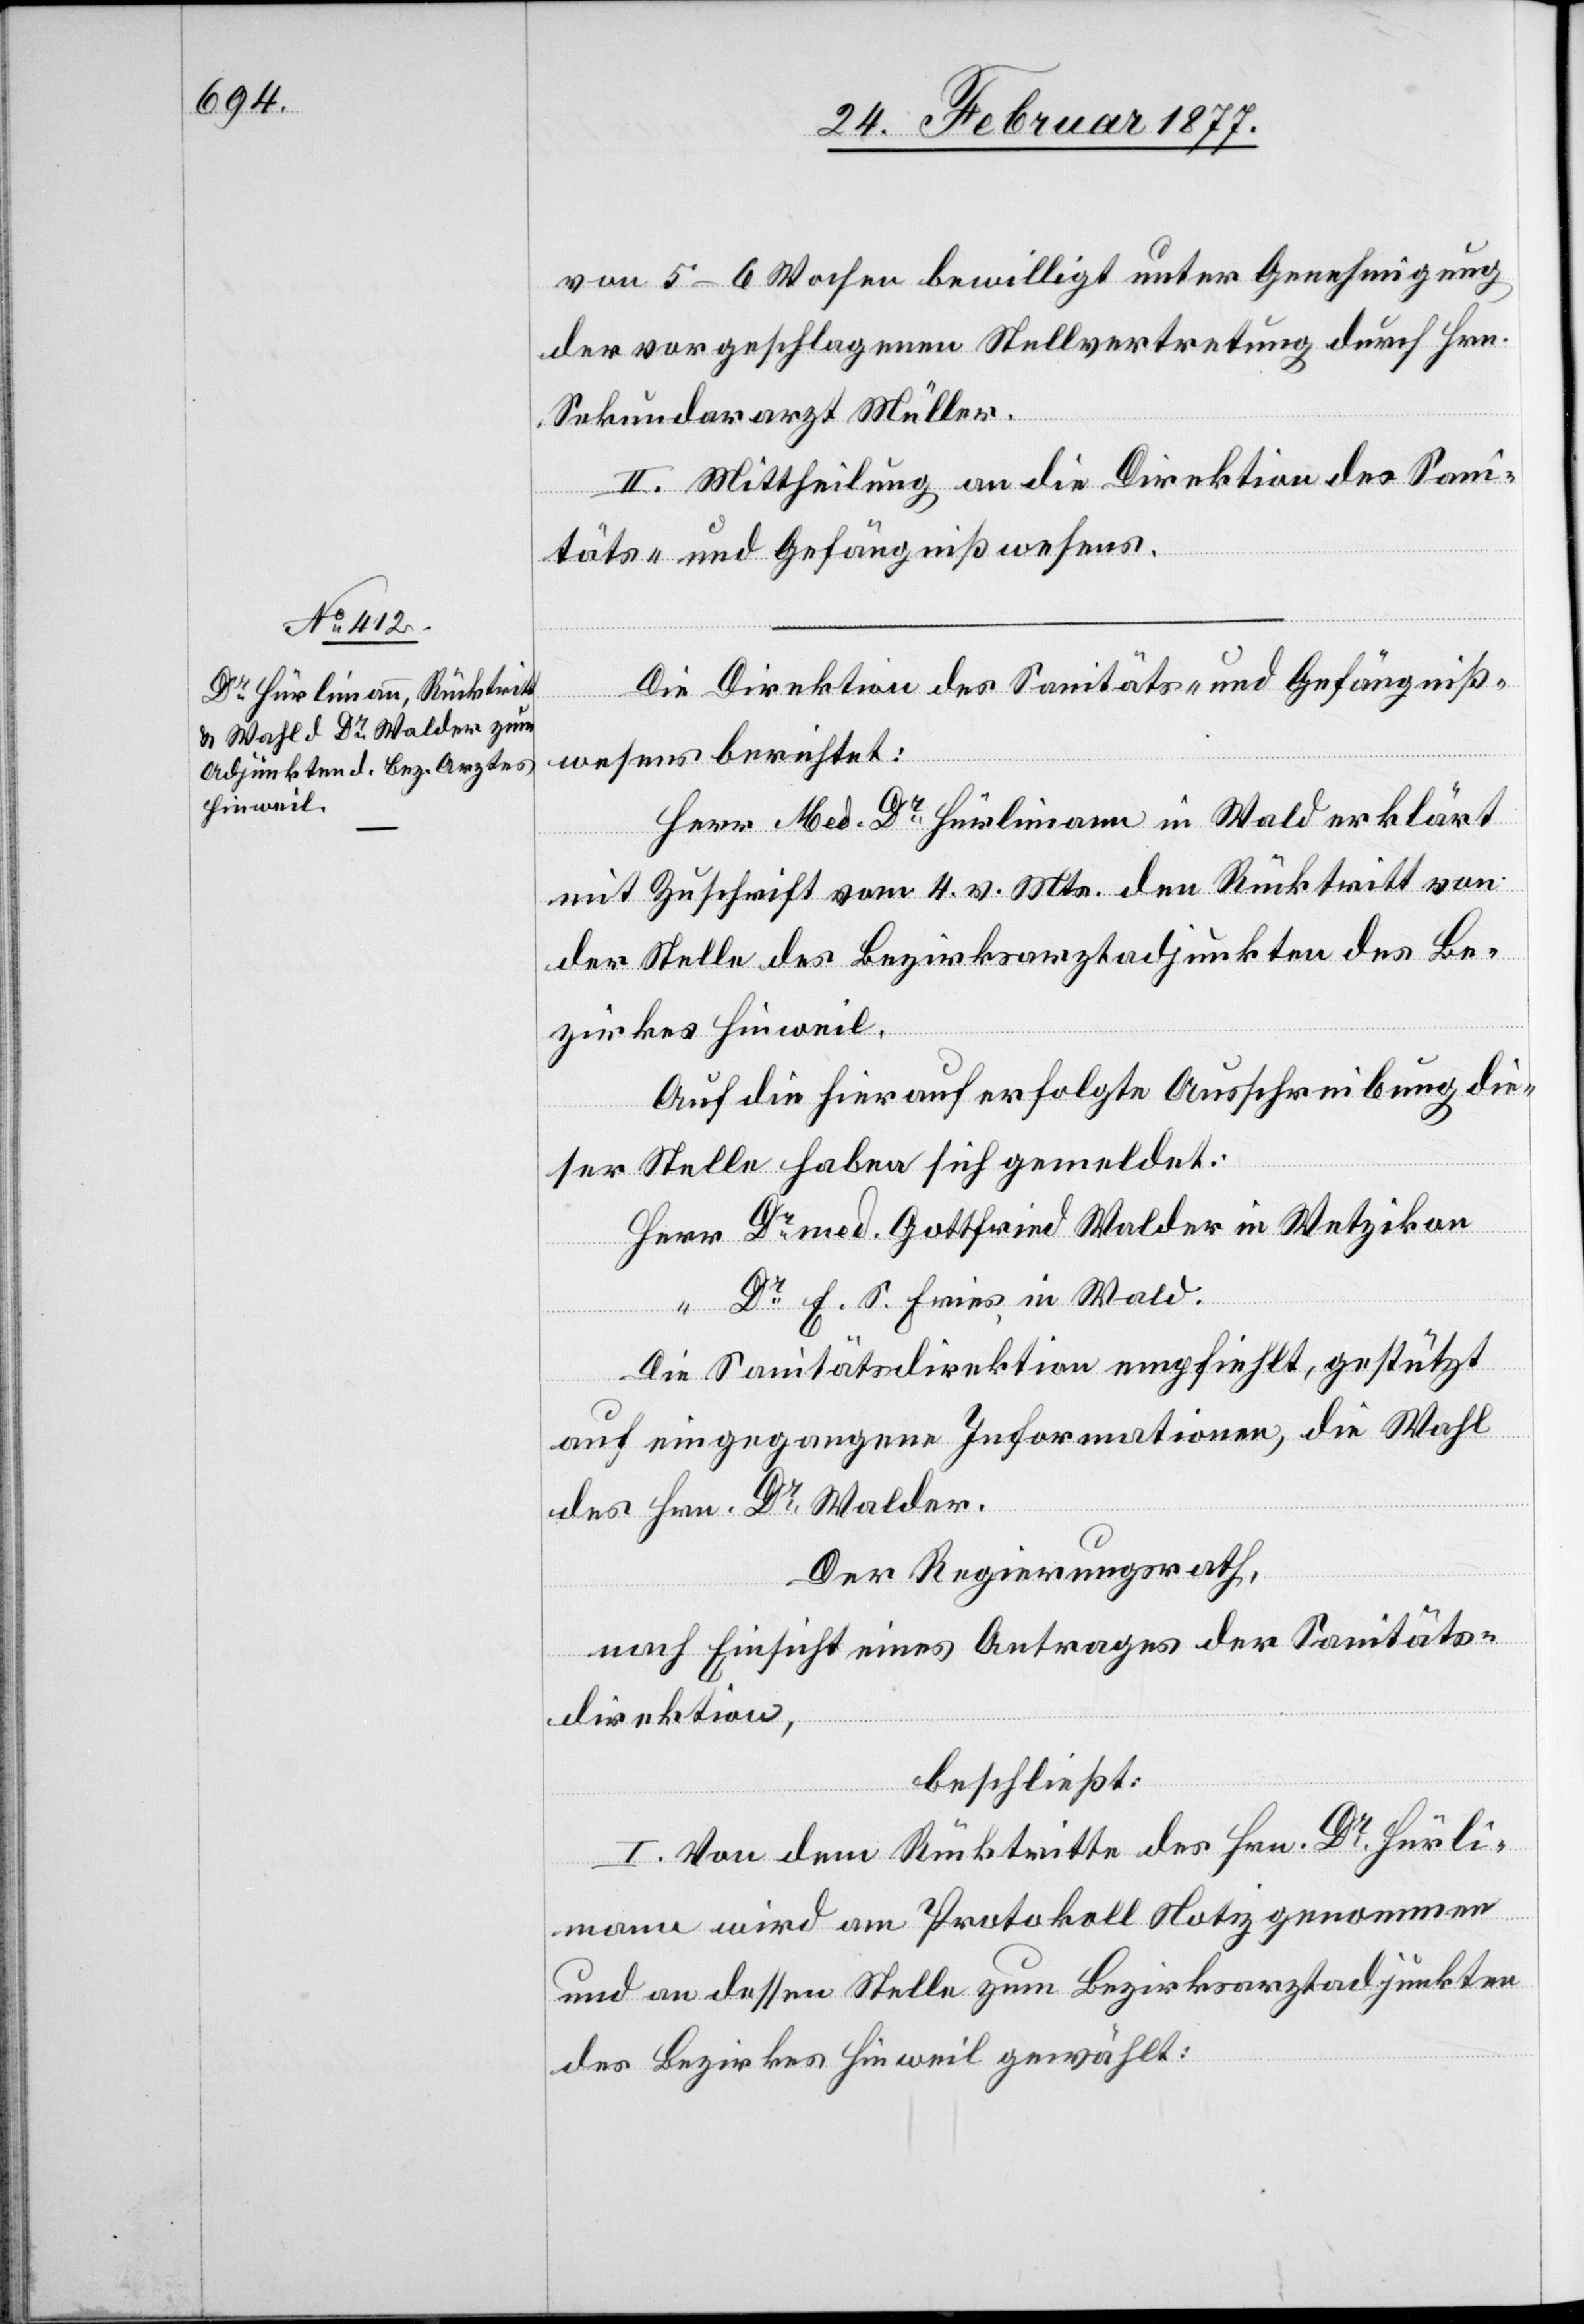
von 5–6 Wochen bewilligt unter Genehmigung
der vorgeschlagenen Stellvertretung durch Hrn.
Sekundararzt Müller.
II. Mittheilung an die Direktion des Sani¬
täts- und Gefägnißwesens.
Die Direktion des Sanitäts- und Gefängniß¬
wesens berichtet:
Herr Med. Dr Hürlimann in Wald erklärt
mit Zuschrift vom 4. v. Mts. den Rücktritt von
der Stelle des Bezirksarztadjunkten des Be¬
zirkes Hinweil.
Auf die hierauf erfolgte Ausschreibung die¬
ser Stelle haben sich gemeldet:
Herr Dr med. Gottfried Walder in Wetzikon
Dr E. S. Fries in Wald.
Die Sanitätsdirektion empfiehlt, gestützt
auf eingegangene Informationen, die Wahl
des Hrn. Dr Walder.
Der Regierungsrath,
nach Einsicht eines Antrages der Sanitäts¬
direktion,
beschließt:
I. Von dem Rücktritte des Hrn. Dr Hürli¬
mann wird am Protokoll Notiz genommen
und an dessen Stelle zum Bezirksarztadjunkten
des Bezirkes Hinweil gewählt: